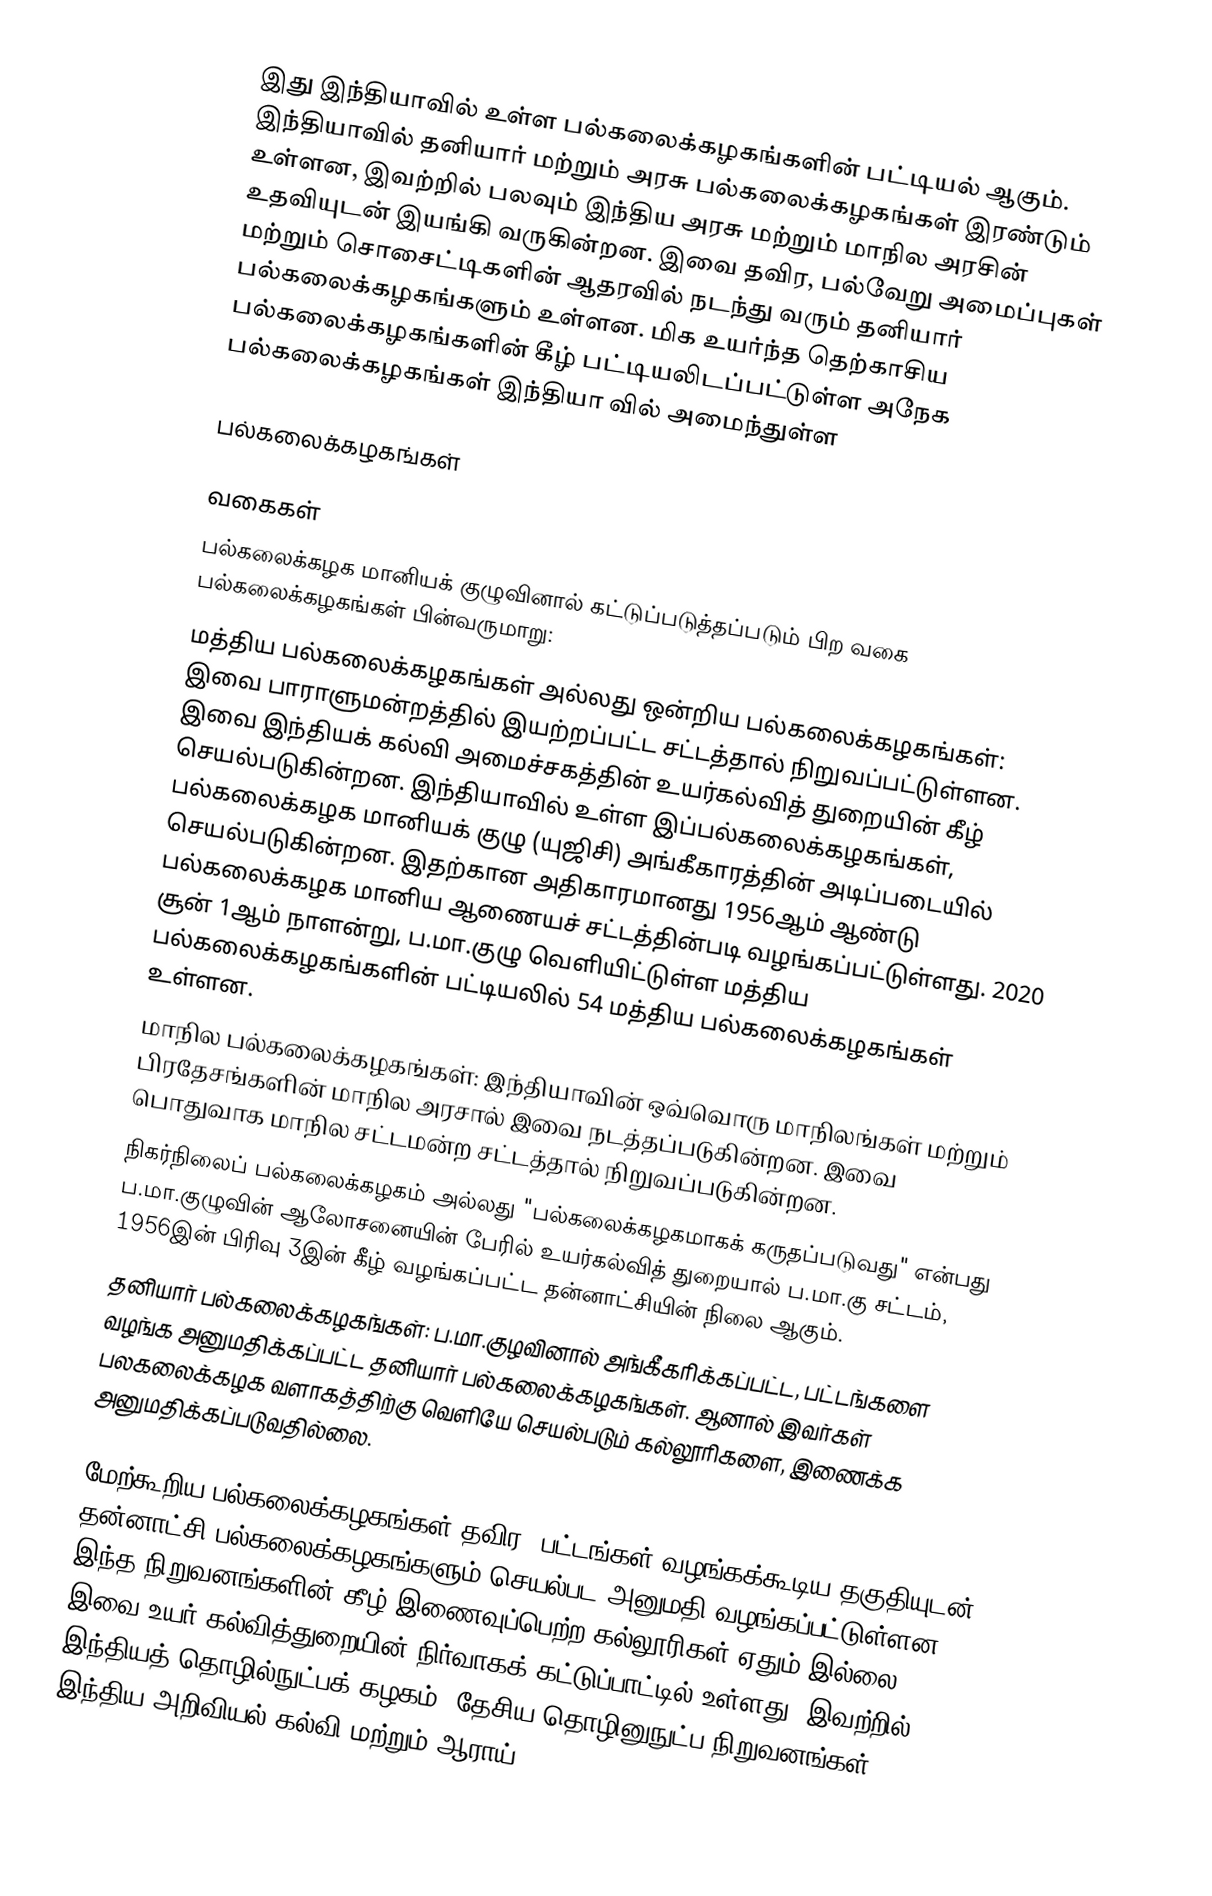
இது இந்தியாவில் உள்ள பல்கலைக்கழகங்களின் பட்டியல் ஆகும். இந்தியாவில் தனியார் மற்றும் அரசு பல்கலைக்கழகங்கள் இரண்டும் உள்ளன, இவற்றில் பலவும் இந்திய அரசு மற்றும் மாநில அரசின் உதவியுடன் இயங்கி வருகின்றன. இவை தவிர, பல்வேறு அமைப்புகள் மற்றும் சொசைட்டிகளின் ஆதரவில் நடந்து வரும் தனியார் பல்கலைக்கழகங்களும் உள்ளன. மிக உயர்ந்த தெற்காசிய பல்கலைக்கழகங்களின் கீழ் பட்டியலிடப்பட்டுள்ள அநேக பல்கலைக்கழகங்கள் இந்தியா வில் அமைந்துள்ள

பல்கலைக்கழகங்கள்

வகைகள்
பல்கலைக்கழக மானியக் குழுவினால் கட்டுப்படுத்தப்படும் பிற வகை பல்கலைக்கழகங்கள் பின்வருமாறு:
 மத்திய பல்கலைக்கழகங்கள் அல்லது ஒன்றிய பல்கலைக்கழகங்கள்: இவை பாராளுமன்றத்தில் இயற்றப்பட்ட சட்டத்தால் நிறுவப்பட்டுள்ளன. இவை இந்தியக் கல்வி அமைச்சகத்தின் உயர்கல்வித் துறையின் கீழ் செயல்படுகின்றன. இந்தியாவில் உள்ள இப்பல்கலைக்கழகங்கள், பல்கலைக்கழக மானியக் குழு (யுஜிசி) அங்கீகாரத்தின் அடிப்படையில் செயல்படுகின்றன. இதற்கான அதிகாரமானது 1956ஆம் ஆண்டு பல்கலைக்கழக மானிய ஆணையச் சட்டத்தின்படி வழங்கப்பட்டுள்ளது. 2020 சூன் 1ஆம் நாளன்று, ப.மா.குழு வெளியிட்டுள்ள மத்திய பல்கலைக்கழகங்களின் பட்டியலில் 54 மத்திய பல்கலைக்கழகங்கள் உள்ளன.
 மாநில பல்கலைக்கழகங்கள்: இந்தியாவின் ஒவ்வொரு மாநிலங்கள் மற்றும் பிரதேசங்களின் மாநில அரசால் இவை நடத்தப்படுகின்றன. இவை பொதுவாக மாநில சட்டமன்ற சட்டத்தால் நிறுவப்படுகின்றன.
 நிகர்நிலைப் பல்கலைக்கழகம் அல்லது "பல்கலைக்கழகமாகக் கருதப்படுவது" என்பது ப.மா.குழுவின் ஆலோசனையின் பேரில் உயர்கல்வித் துறையால் ப.மா.கு சட்டம், 1956இன் பிரிவு 3இன் கீழ் வழங்கப்பட்ட தன்னாட்சியின் நிலை ஆகும்.
 தனியார் பல்கலைக்கழகங்கள்: ப.மா.குழவினால் அங்கீகரிக்கப்பட்ட, பட்டங்களை வழங்க அனுமதிக்கப்பட்ட தனியார் பல்கலைக்கழகங்கள். ஆனால் இவர்கள் பலகலைக்கழக வளாகத்திற்கு வெளியே செயல்படும் கல்லூரிகளை, இணைக்க அனுமதிக்கப்படுவதில்லை.

மேற்கூறிய பல்கலைக்கழகங்கள் தவிர, பட்டங்கள் வழங்கக்கூடிய தகுதியுடன் தன்னாட்சி பல்கலைக்கழகங்களும் செயல்பட அனுமதி வழங்கப்பட்டுள்ளன. இந்த நிறுவனங்களின் கீழ் இணைவுப்பெற்ற கல்லூரிகள் ஏதும் இல்லை. இவை உயர் கல்வித்துறையின் நிர்வாகக் கட்டுப்பாட்டில் உள்ளது. இவற்றில் இந்தியத் தொழில்நுட்பக் கழகம், தேசிய தொழினுநுட்ப நிறுவனங்கள், இந்திய அறிவியல் கல்வி மற்றும் ஆராய்